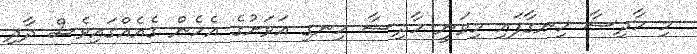
މި ހާދިސާ ހިނގާފައި މިވަނީ ހާދިސާ ހިނގި އަވަށުގެ އެހެން ގެއެއްގައިވެސް ދާދި